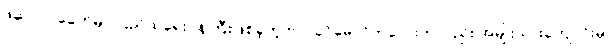
ဖဆပလခေတ်မှာ ပြည်ထဲရေးဝန်ကြီးဖြစ်ခဲ့တဲ့ ဗိုလ်ခင်မောင်ကလေးကလည်း အမျိုးသားကျောင်းမှာ